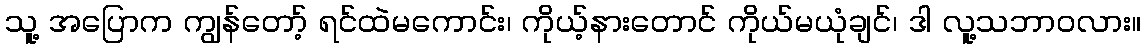
သူ့ အပြောက ကျွန်တော့် ရင်ထဲမကောင်း၊ ကိုယ့်နားတောင် ကိုယ်မယုံချင်၊ ဒါ လူ့သဘာဝလား။